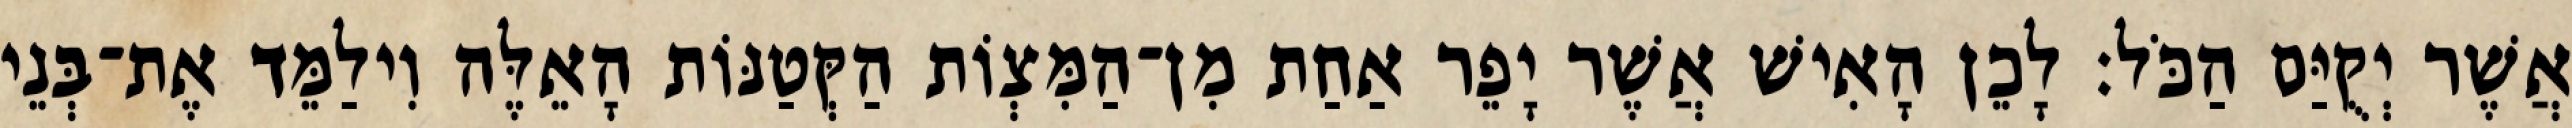
אֲשֶׁר יְקֻיַּם הַכֹּל׃ לָכֵן הָאִישׁ אֲשֶׁר יָפֵר אַחַת מִן־הַמִּצְוֹת הַקְּטַנּוֹת הָאֵלֶּה וִילַמֵּד אֶת־בְּנֵי